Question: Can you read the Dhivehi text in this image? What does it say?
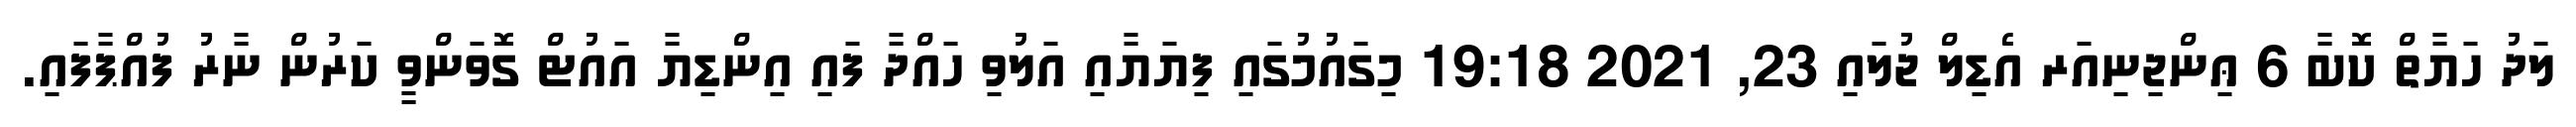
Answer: ލަދު ހަޔާތް ކޮބާ 6 ޢިންޖިނިއަރ އެޑިލް ޖުލައި 23, 2021 19:18 މިގައުމުގައި ފިޔަޔާއި އަލުވި ހައްދާ ފައި އިންޑިޔާ އައުޓް ގޮވަންވީ ކަރުން ނާރު ފުއްޕާފައި.